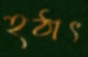
হঠাৎ